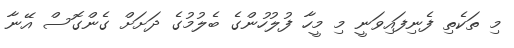
މި ތަކެތި ފެނިފައިވަނީ މި މީހާ ފުލުހުންގެ ބެލުމުގެ ދަށަށް ގެންގޮސް އޭނާ